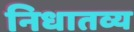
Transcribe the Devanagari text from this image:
निधातव्य